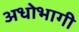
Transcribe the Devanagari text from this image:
अधोभागी